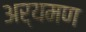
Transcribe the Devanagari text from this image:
अर्यमण